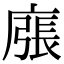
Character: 𢊜